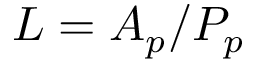
L = A _ { p } / { \cal P } _ { p }